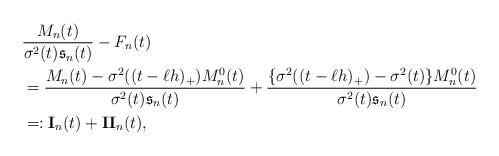
LaTeX: \begin{align*}&\frac{M_n(t)}{\sigma^2(t)\mathfrak{s}_n(t)}-F_n(t)\\&=\frac{M_n(t)-\sigma^2((t-\ell h)_+)M^0_n(t)}{\sigma^2(t)\mathfrak{s}_n(t)}+\frac{\{\sigma^2((t-\ell h)_+)-\sigma^2(t)\}M^0_n(t)}{\sigma^2(t)\mathfrak{s}_n(t)}\\&=:\mathbf{I}_n(t)+\mathbf{II}_n(t),\end{align*}